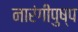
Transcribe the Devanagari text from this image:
नारंगीपुष्प